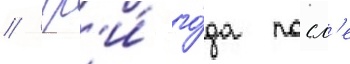
// Тр'и́ го́да посл'е